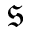
\mathfrak { s }